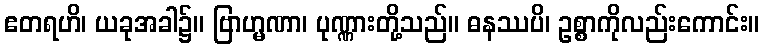
ဧတရဟိ၊ ယခုအခါ၌။ ဗြာဟ္မဏာ၊ ပုဏ္ဏားတို့သည်။ ဓနဿပိ၊ ဥစ္စာကိုလည်းကောင်း။